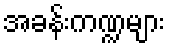
အခန်းကဏ္ဍများ